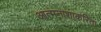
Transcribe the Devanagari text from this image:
आत्मनाशाकरिता